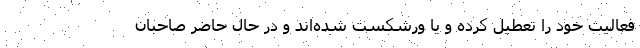
فعالیت خود را تعطیل کرده و یا ورشکست شده‌اند و در حال حاضر صاحبان